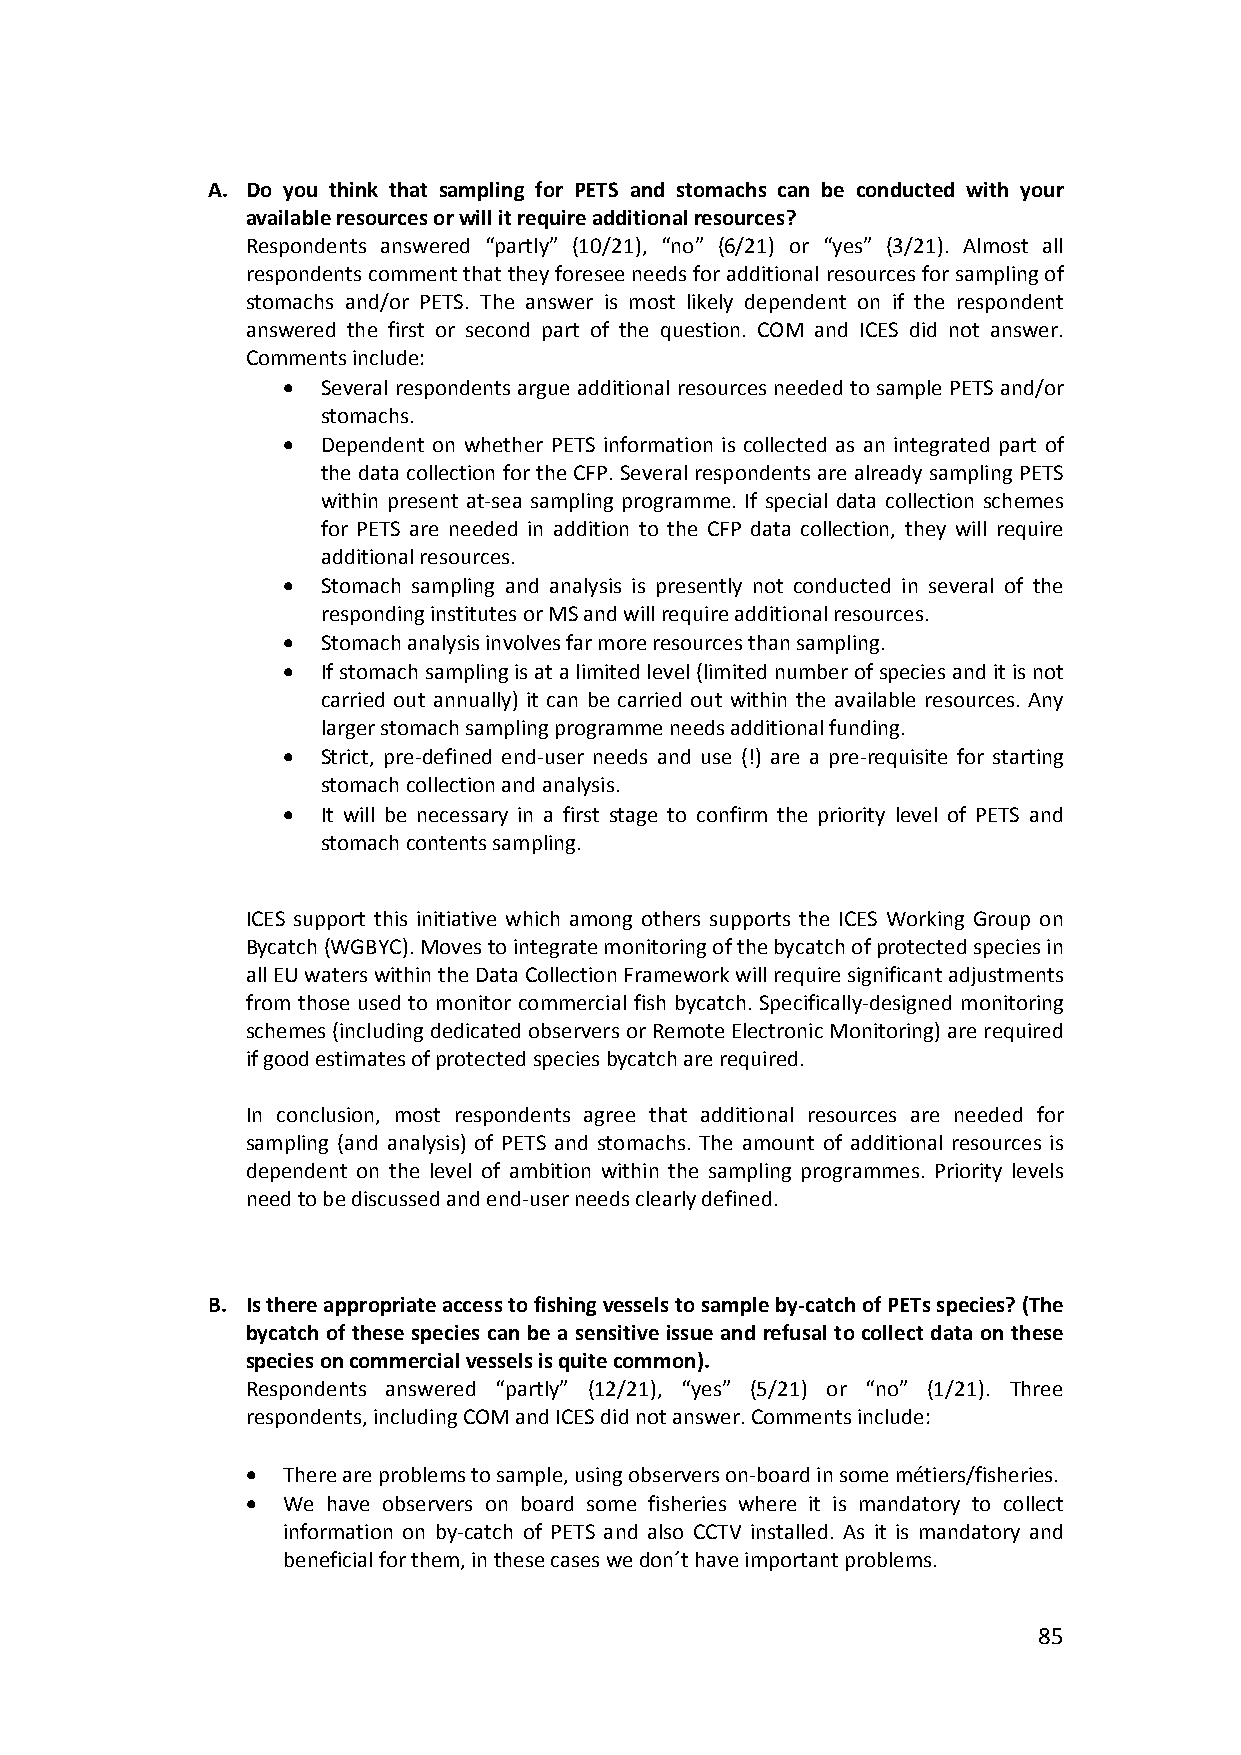
A. Do you think that sampling for PETS and stomachs can be conducted with your
 available resources or will it require additional resources?
 Respondents answered “partly” (10/21), “no” (6/21) or “yes” (3/21). Almost all
 respondents comment that they foresee needs for additional resources for sampling of
 stomachs and/or PETS. The answer is most likely dependent on if the respondent
 answered the first or second part of the question. COM and ICES did not answer.
 Comments include:
  Several respondents argue additional resources needed to sample PETS and/or
 stomachs.
  Dependent on whether PETS information is collected as an integrated part of
 the data collection for the CFP. Several respondents are already sampling PETS
 within present at‐sea sampling programme. If special data collection schemes
 for PETS are needed in addition to the CFP data collection, they will require
 additional resources.
  Stomach sampling and analysis is presently not conducted in several of the
 responding institutes or MS and will require additional resources.
  Stomach analysis involves far more resources than sampling.
  If stomach sampling is at a limited level (limited number of species and it is not
 carried out annually) it can be carried out within the available resources. Any
 larger stomach sampling programme needs additional funding.
  Strict, pre‐defined end‐user needs and use (!) are a pre‐requisite for starting
 stomach collection and analysis.
  It will be necessary in a first stage to confirm the priority level of PETS and
 stomach contents sampling.
 ICES support this initiative which among others supports the ICES Working Group on
 Bycatch (WGBYC). Moves to integrate monitoring of the bycatch of protected species in
 all EU waters within the Data Collection Framework will require significant adjustments
 from those used to monitor commercial fish bycatch. Specifically‐designed monitoring
 schemes (including dedicated observers or Remote Electronic Monitoring) are required
 if good estimates of protected species bycatch are required.
 In conclusion, most respondents agree that additional resources are needed for
 sampling (and analysis) of PETS and stomachs. The amount of additional resources is
 dependent on the level of ambition within the sampling programmes. Priority levels
 need to be discussed and end‐user needs clearly defined.
 B. Is there appropriate access to fishing vessels to sample by‐catch of PETs species? (The
 bycatch of these species can be a sensitive issue and refusal to collect data on these
 species on commercial vessels is quite common).
 Respondents answered “partly” (12/21), “yes” (5/21) or “no” (1/21). Three
 respondents, including COM and ICES did not answer. Comments include:
   There are problems to sample, using observers on‐board in some métiers/fisheries.
   We have observers on board some fisheries where it is mandatory to collect
 information on by‐catch of PETS and also CCTV installed. As it is mandatory and
 beneficial for them, in these cases we don´t have important problems.
 85